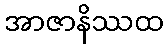
အာဇာနိဿထ